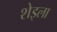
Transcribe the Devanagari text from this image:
शेइला